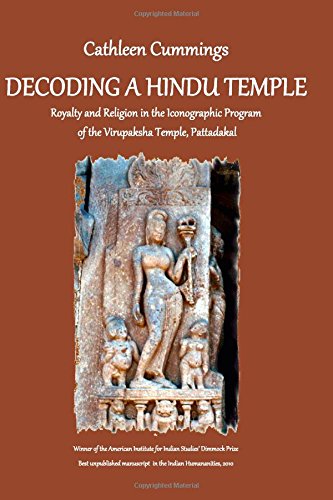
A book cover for Decoding a Hindu Temple: Royalty and Religion in the Iconographic Program of  the Virupaksha Temple, Pattadakal; Dr. Cathleen A Cummings; Religion & Spirituality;